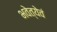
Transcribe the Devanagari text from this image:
भवेत्येवं